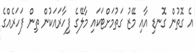
އެ ގޮތުން ގޮނޑި އާއި މޭޒު ގަތުމަށްޓަކައި މާލޭގެ ފިހާރައަކުން ތިން ފަހަރެއްގެ